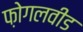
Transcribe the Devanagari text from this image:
फ़ोगलवीड